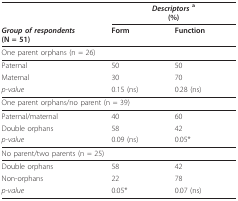
|  | <COLSPAN=2> Descriptors a(%) |
 | Group of respondents(N = 51) | Form | Function |
 | --- | --- | --- |
 | <COLSPAN=3> One parent orphans (n = 26) |
 | Paternal | 50 | 50 |
 | Maternal | 30 | 70 |
 | p-value | 0.15 (ns) | 0.28 (ns) |
 | <COLSPAN=3> One parent orphans/no parent (n = 39) |
 | Paternal/maternal | 40 | 60 |
 | Double orphans | 58 | 42 |
 | p-value | 0.09 (ns) | 0.05* |
 | <COLSPAN=3> No parent/two parents (n = 25) |
 | Double orphans | 58 | 42 |
 | Non-orphans | 22 | 78 |
 | p-value | 0.05* | 0.07 (ns) |